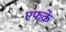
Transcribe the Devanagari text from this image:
एफके